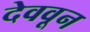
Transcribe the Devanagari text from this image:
देववून